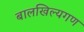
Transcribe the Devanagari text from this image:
बालखिल्यगण